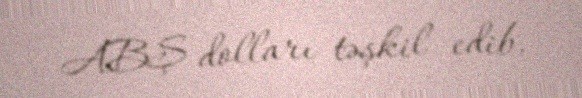
ABŞ dolları təşkil edib.